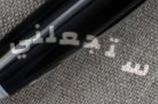
ستجعلني